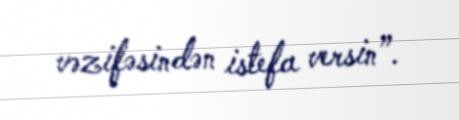
vəzifəsindən istefa versin”.